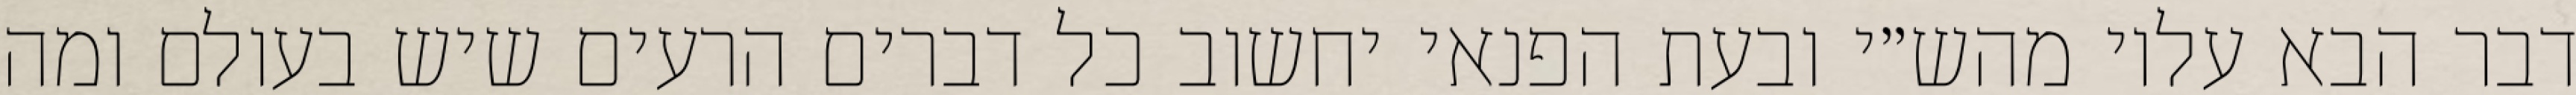
דבר הבא עליו מהש״י ובעת הפנאי יחשוב כל דברים הרעים שיש בעולם ומה